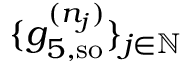
\{ g _ { 5 , \mathrm { { s o } } } ^ { ( n _ { j } ) } \} _ { j \in \mathbb { N } }